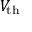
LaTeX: V _ { \mathrm { t h } }